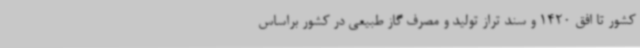
کشور تا افق 1420 و سند تراز تولید و مصرف گاز طبیعی در کشور براساس